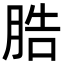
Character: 㬶